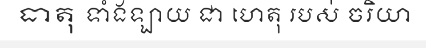
ធាតុ ទាំងឡាយ ជា ហេតុ របស់ ចរិយា